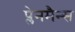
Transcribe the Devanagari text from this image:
प्लेनमैन्स